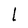
Character: l